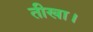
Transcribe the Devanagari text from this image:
तीखा।